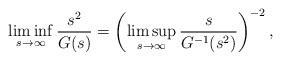
LaTeX: \begin{align*} \liminf_{s\to\infty}\frac{s^2}{G(s)}=\left(\limsup_{s\to\infty}\frac{s}{G^{-1}(s^2)}\right)^{-2},\end{align*}